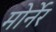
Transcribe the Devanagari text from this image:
मोर्नेर